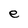
Character: e